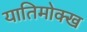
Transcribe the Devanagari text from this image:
यातिमोक्ख